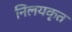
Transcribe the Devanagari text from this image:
निलयकृत